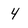
Character: 4